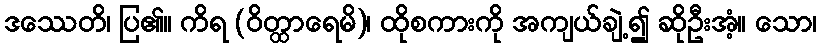
ဒဿေတိ၊ ပြ၏။ ကိရ (ဝိတ္ထာရေမိ)၊ ထိုစကားကို အကျယ်ချဲ့၍ ဆိုဦးအံ့။ သော၊